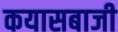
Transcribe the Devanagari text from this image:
कयासबाजी